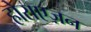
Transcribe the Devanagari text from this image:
होराएज़न